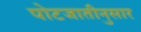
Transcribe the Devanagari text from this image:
पोटजातीनुसार